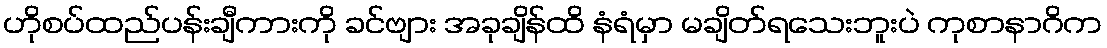
ဟိုစပ်ထည်ပန်းချီကားကို ခင်ဗျား အခုချိန်ထိ နံရံမှာ မချိတ်ရသေးဘူးပဲ ကုစာနာဂိက